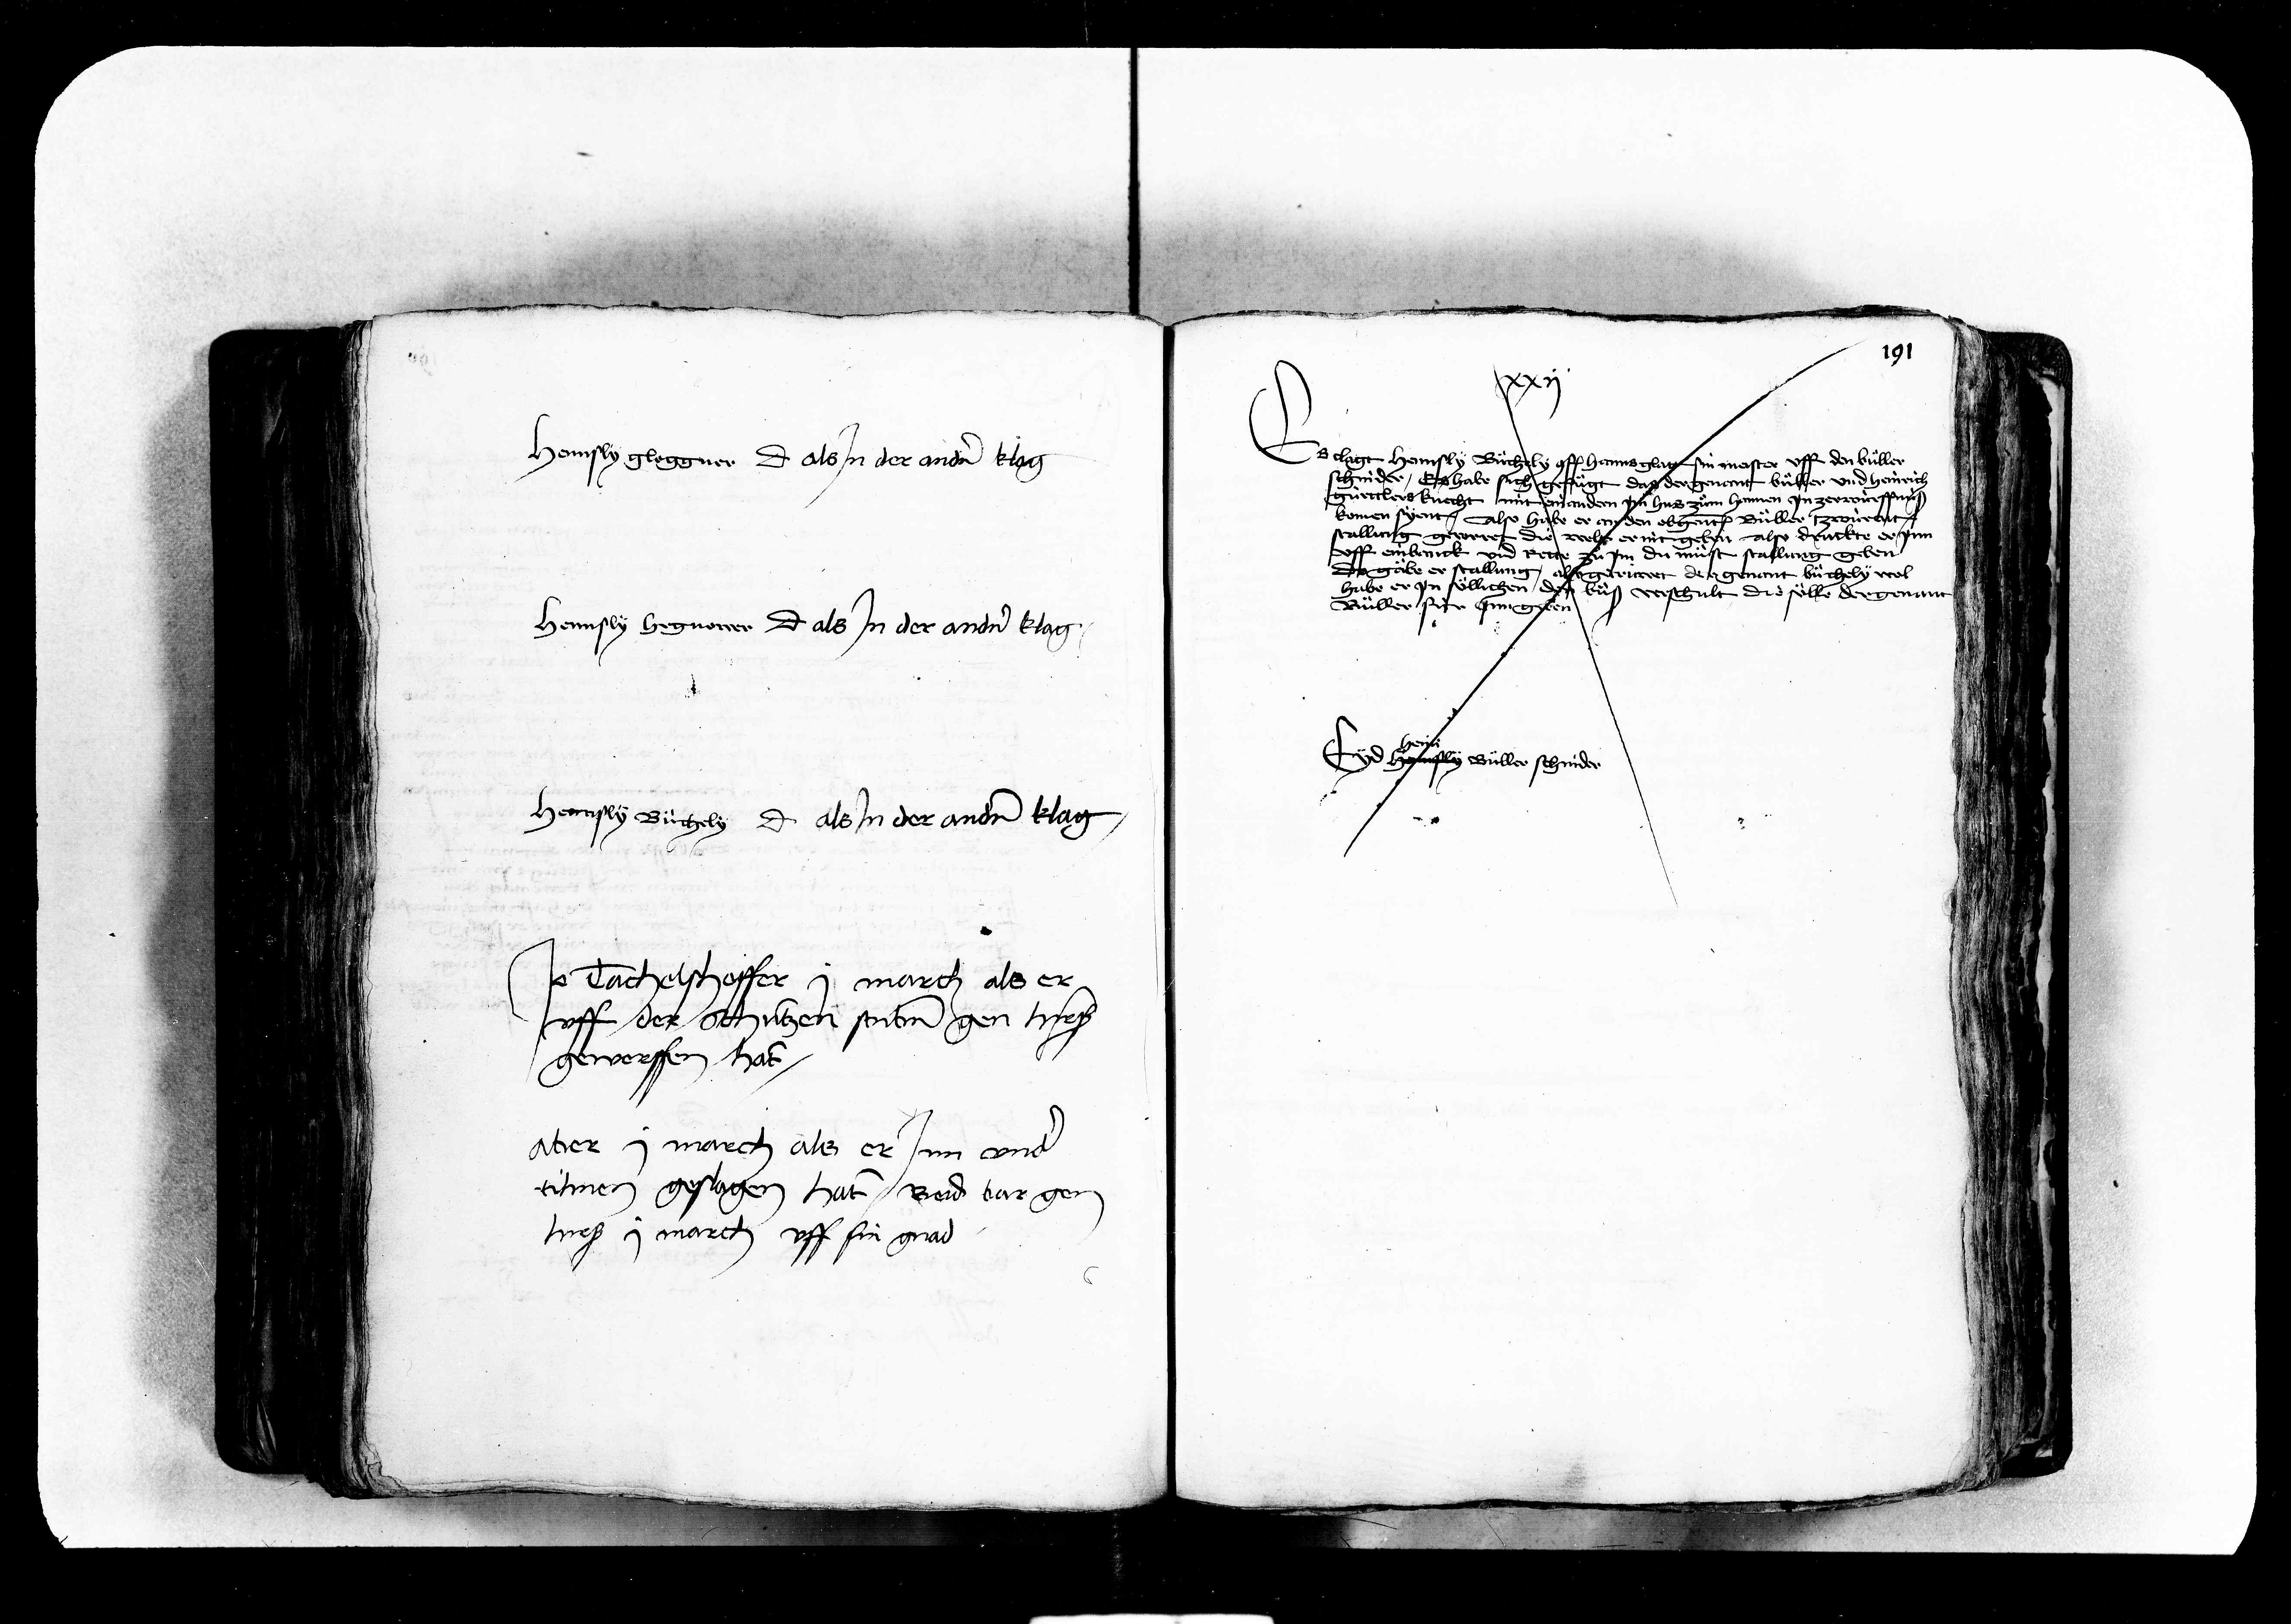
Transcription:
Hennsly gloggner dicit als jn der andern klag

Hennsly Hegnower dicit als jn der andern klag

Hennsly Buechely dicit als in der andern klag

Es clagt Hennsly Buechely conf. hanns glatt sin meister uff den Büller
schnider Es habe sich gefuegt das der genant bueller und Heinrich
gürttlers knecht mit einandern jm hus zum hannen jn zerwürffn
komen syent Also habe er an den obgenanten Büller zwürt
stallung gererrett die welt er nit geben Also druckte er jnn
uff einbanck und rette zue jm du muest stallung geben
das gabe er stallung also getrüwet der genant buechely wol
habe er jn söllichen den bueß verschult die sölle der genan
Büller für jnn geben
Hennsly Büller schnider

Tachelshoffer j march als er
uff der schützen stuben gen hirs
eworffen hat
aber j march als er jnn under
klinen geslagen hät beid bar gen
hieß j march uff sin gnäd

9